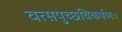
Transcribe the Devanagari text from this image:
वत्सपुच्छविकर्षणः।